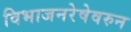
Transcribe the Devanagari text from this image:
विभाजनरेषेवरुन